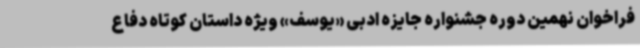
فراخوان نهمین دوره جشنواره جایزه ادبی «یوسف» ویژه داستان کوتاه دفاع